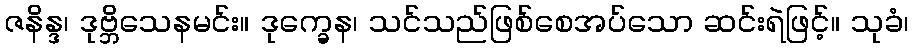
ဇနိန္ဒ၊ ဒုဗ္ဘိသေနမင်း။ ဒုက္ခေန၊ သင်သည်ဖြစ်စေအပ်သော ဆင်းရဲဖြင့်။ သုခံ၊